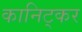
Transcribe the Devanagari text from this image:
कानिट्कर